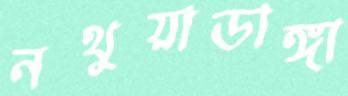
নথুয়াডাঙ্গা